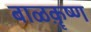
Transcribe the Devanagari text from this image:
बाळक़ॄष्‍ण